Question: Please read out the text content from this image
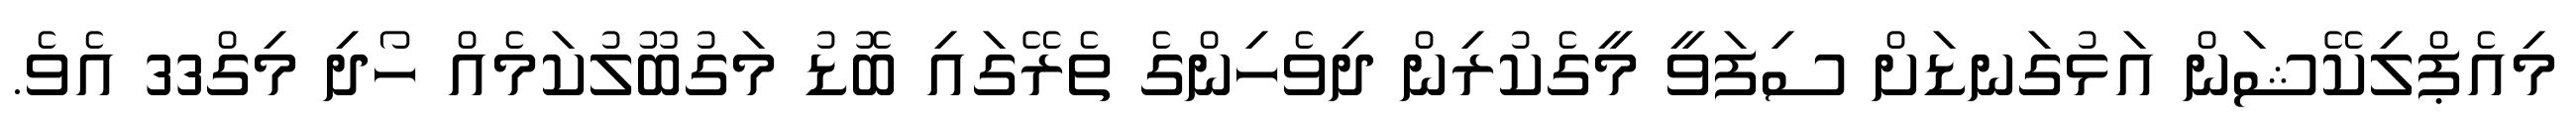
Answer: މިއެޕްލިކޭޝަން އަޅުގަނޑަށް ސިފަވީ މީގެކުރިން ދިވެހިންގެ ތެރޭގައި ބޮޑު މަގުބޫލުކަމެއް ހޯދި މިގް33 އެވެ.